Report on the bubonic plague in Bombay, 1896-1897
Year: 1896
Disease focus: Plague
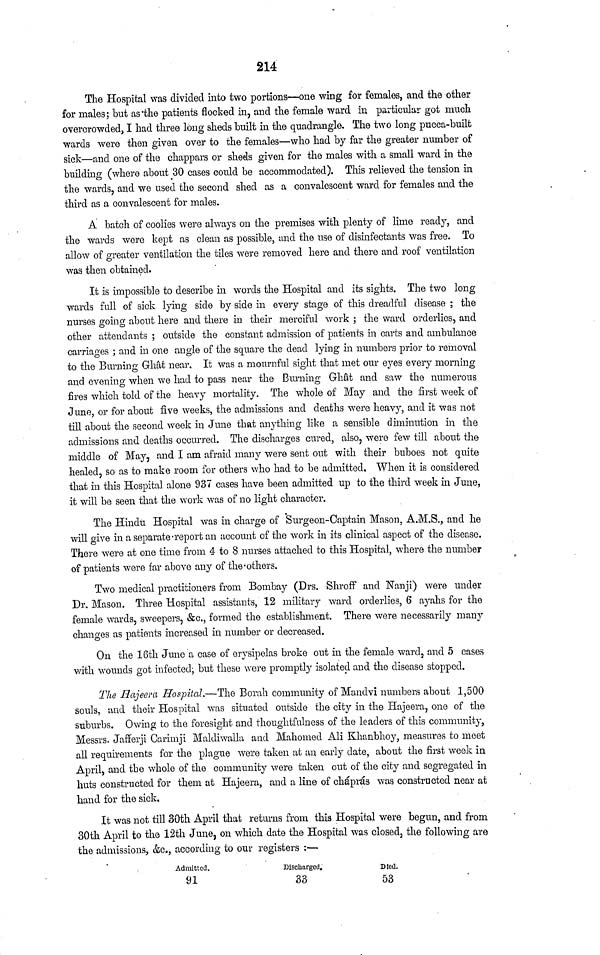
214
The Hospital was divided into two portions—one wing for females, and the other
for males; but as the patients flocked in, and the female ward in particular got much
overcrowded, I had three long sheds built in the quadrangle. The two long pucca-built
wards were then given over to the females—who had by far the greater number of
sick—and one of the chappars or sheds given for the males with a small ward in the
building (where about 30 cases could be accommodated). This relieved the tension in
the wards, and we used the second shed as a convalescent ward for females and the
third as a convalescent for males.
A batch of coolies were always on the premises with plenty of lime ready, and
the wards were kept as clean as possible, and the use of disinfectants was free. To
allow of greater ventilation the tiles were removed here and there and roof ventilation
was then obtained.
It is impossible to describe in words the Hospital and its sights. The two long
wards full of sick lying side by side in every stage of this dreadful disease ; the
nurses going about here and there in their merciful work ; the ward orderlies, and
other attendants ; outside the constant admission of patients in carts and ambulance
carriages ; and in one angle of the square the dead lying in numbers prior to removal
to the Burning Ghat near. It was a mournful sight that met our eyes every morning
and evening when we had to pass near the Burning Ghât and saw the numerous
fires which told of the heavy mortality. The whole of May and the first week of
June, or for about five weeks, the admissions and deaths were heavy, and it was not
till about the second week in June that anything like a sensible diminution in the
admissions and deaths occurred. The discharges cured, also, were few till about the
middle of May, and I am afraid many were sent out with their buboes not quite
healed, so as to make room for others who had to be admitted. When it is considered
that in this Hospital alone 937 cases have been admitted up to the third week in June,
it will be seen that the work was of no light character.
The Hindu Hospital was in charge of Surgeon-Captain Mason, A.M.S., and he
will give in a separate-report an account of the work in its clinical aspect of the disease.
There were at one time from 4 to 8 nurses attached to this Hospital, where the number
of patients were far above any of the-others.
Two medical practitioners from Bombay (Drs. Shroff and Nanji) were under
Dr. Mason. Three Hospital assistants, 12 military ward orderlies, 6 ayahs for the
female wards, sweepers, &c., formed the establishment. There were necessarily many
changes as patients increased in number or decreased.
On the 16th June a case of erysipelas broke out in the female ward, and 5 cases
with wounds got infected; but these were promptly isolated and the disease stopped.
The Hajeera Hospital.—The Borah community of Mandvi numbers about 1,500
souls, and their Hospital was situated outside the city in the Hajeera, one of the
suburbs. Owing to the foresight and thoughtfulness of the leaders of this community,
Messrs. Jafferji Carimji Maldiwalla and Mahomed AH Khanbhoy, measures to meet
all requirements for the plague were taken at an early date, about the first week in
April, and the whole of the community were taken out of the city and segregated in
huts constructed for them at Hajeera, and a line of cháprás was constructed near at
hand for the sick.
It was not till 30th April that returns from this Hospital were begun, and from
30th April to the 12th June, on which date the Hospital was closed, the following are
the admissions, &c., according to our registers :—
Admitted.
91
Discharged.
33
Bled.
53